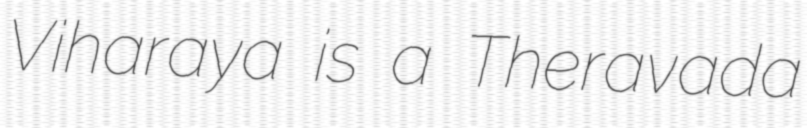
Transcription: Viharaya is a Theravada